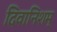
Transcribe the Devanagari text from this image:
दिवानिशम्